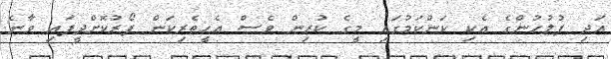
އަދި ފުލުހުންގެ އެކި ކަންކަމުގައި މީގެ ކުރިން ވެސް އެހީތެރިކަން ފޯރުކޮށްދީފައި ވާނެ